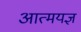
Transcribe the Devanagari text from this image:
आत्मयज्ञ